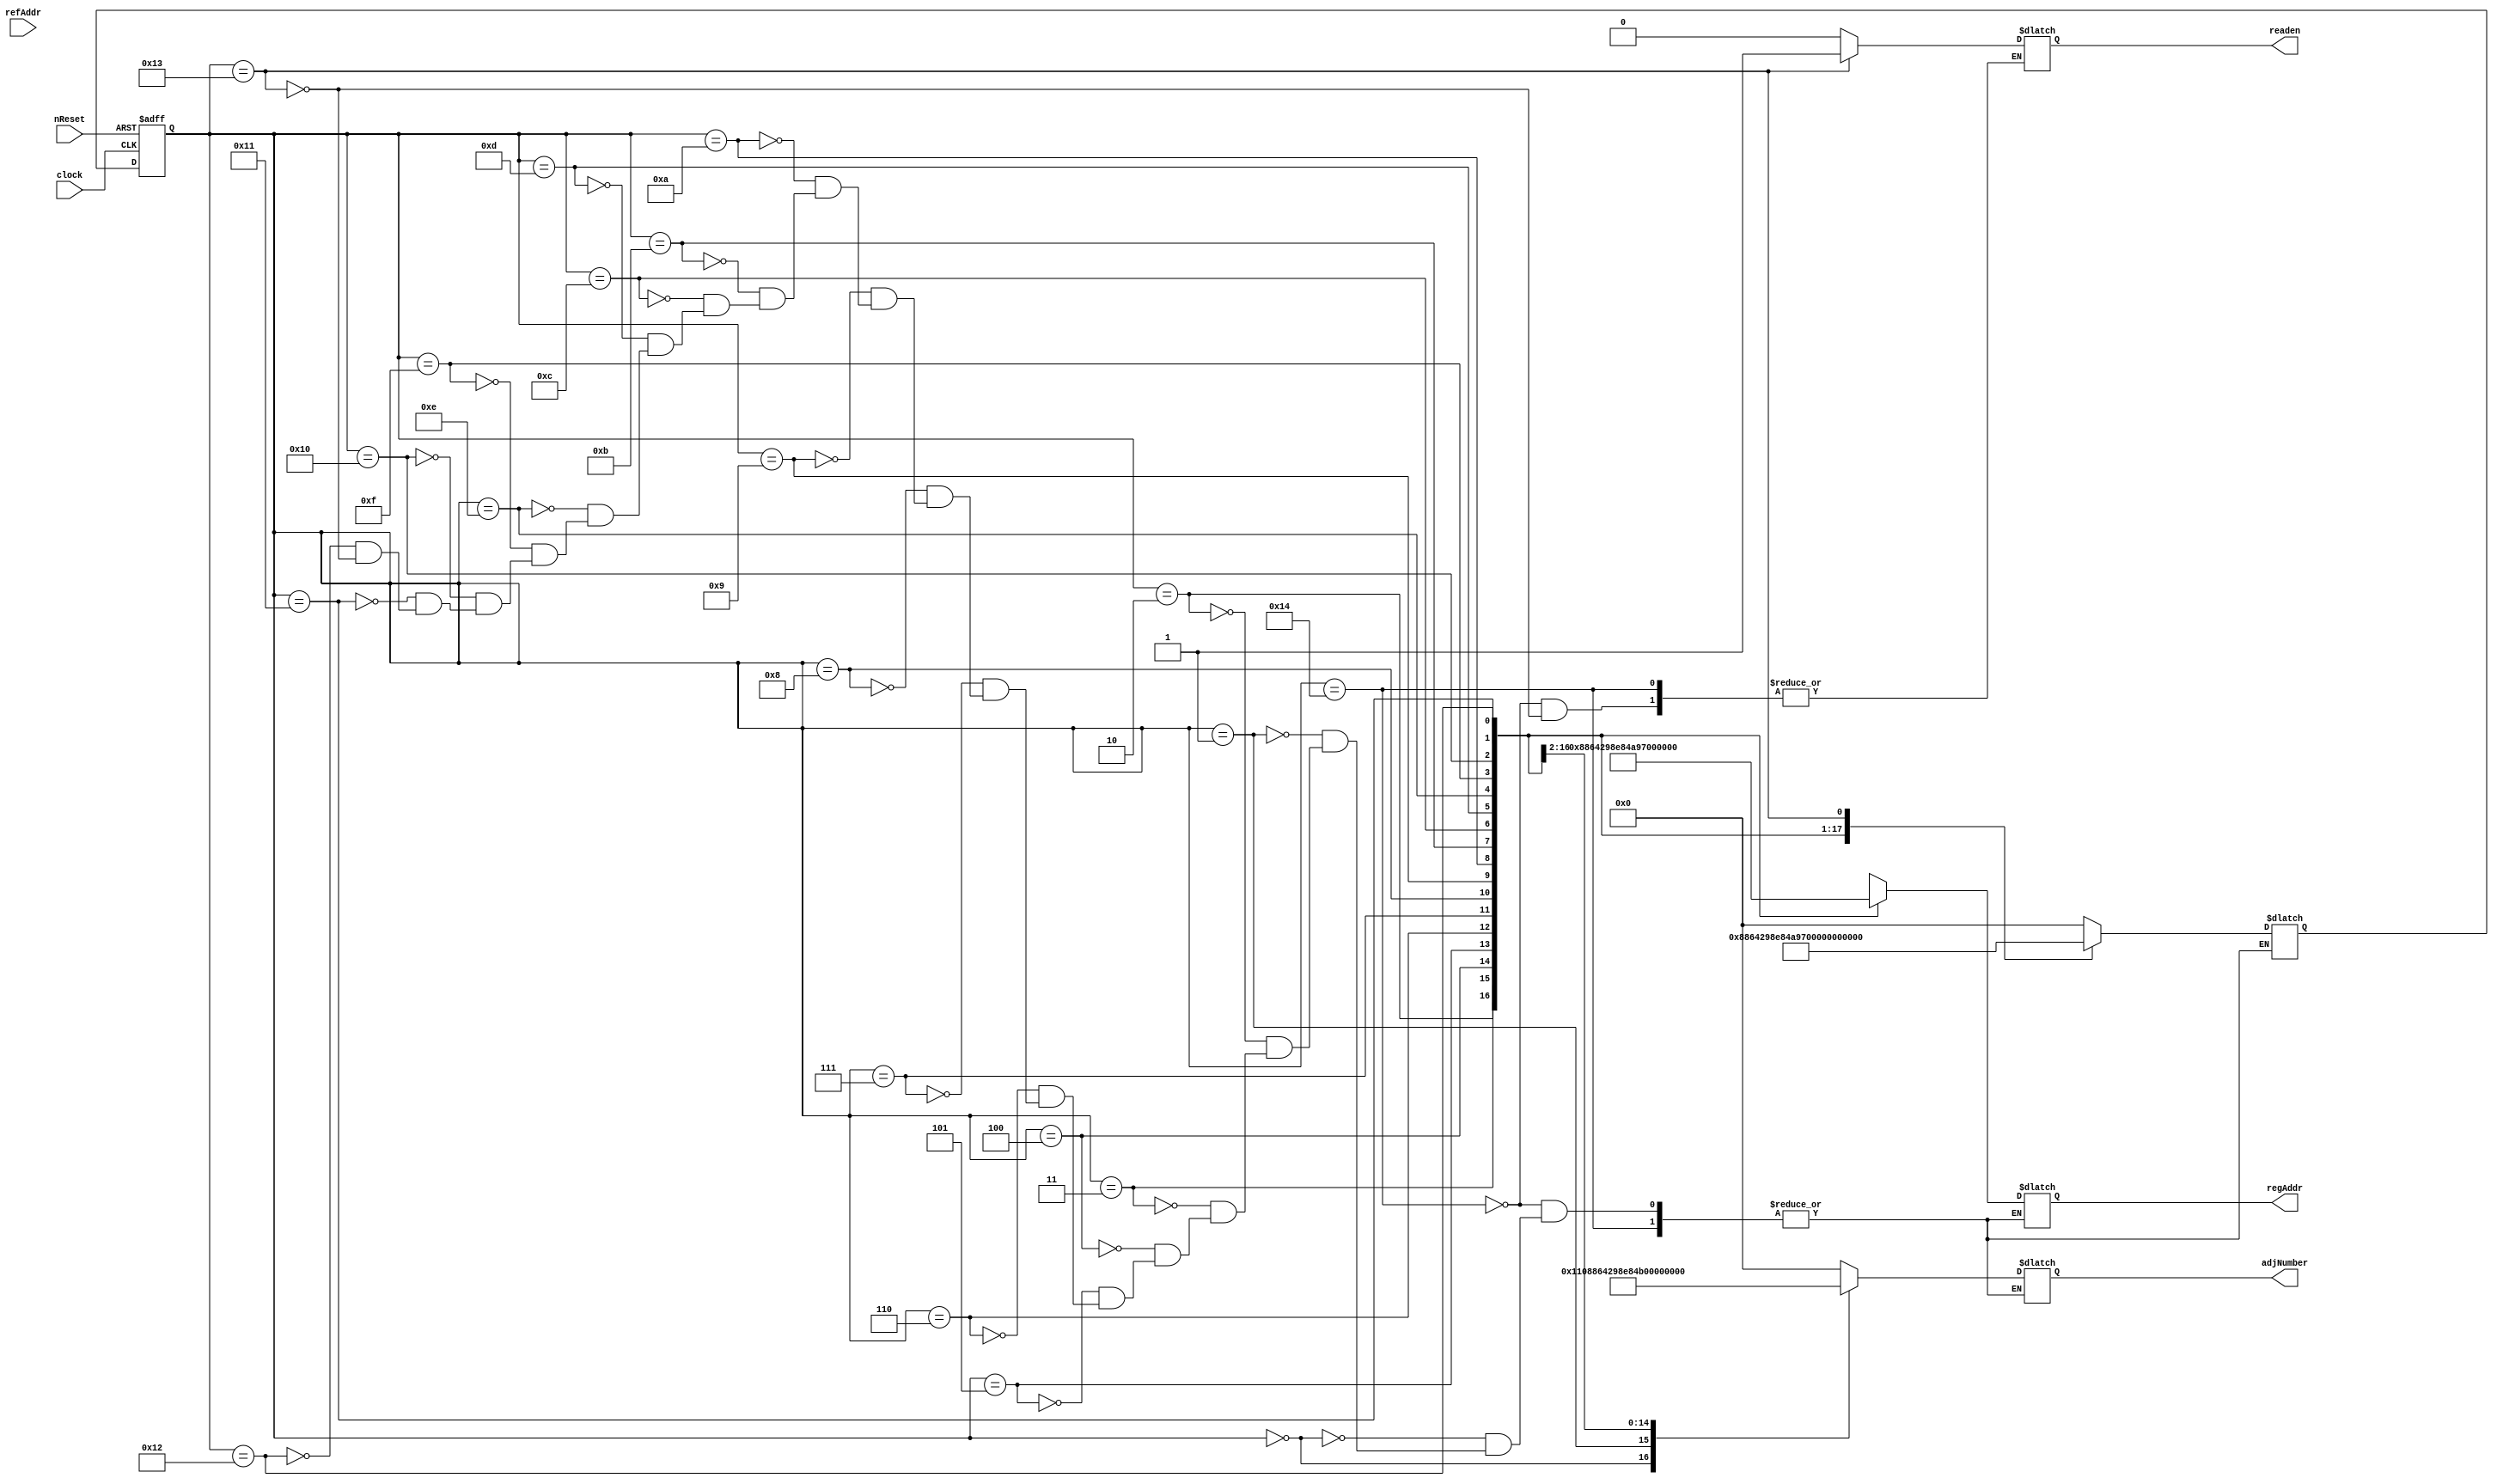
// This program was cloned from: https://github.com/ISKU/Autonomous-Drone-Design
// License: GNU General Public License v3.0

`define INIT 5'd20
`define S0 5'd0
`define S1 5'd1
`define S2 5'd2
`define S3 5'd3
`define S4 5'd4
`define S5 5'd5
`define S6 5'd6
`define S7 5'd7
`define S8 5'd8
`define S9 5'd9
`define S10 5'd10
`define S11 5'd11
`define S12 5'd12
`define S13 5'd13
`define S14 5'd14
`define S15 5'd15
`define S16 5'd16
`define S17 5'd17
`define S18 5'd18
`define S19 5'd19

module FD_Controller (clock, nReset, refAddr, adjNumber, regAddr, readen);
	input clock;
	input nReset;
	input [14:0] refAddr;
	output [4:0] adjNumber;
	output [4:0] regAddr;
	output readen;
	
	reg [4:0] adjNumber; // 16  Index
	reg [4:0] regAddr; //  
	reg readen; // Datapath     enable 
	
	reg [4:0] curState, nextState; //  
	reg setState;
	
	//       
	always @(posedge clock or negedge nReset) begin
		if (!nReset)
			curState <= `INIT;
		else
			curState <= nextState;
	end
	
	always @(refAddr) begin
		if (curState == `INIT)
			setState = 1'b0;
		else
			setState = 1'b1;
	end
	
	// FSM
	always @(curState) begin
		casex (curState)
			`INIT: begin
				if (setState) begin
					nextState = `S0;
					adjNumber = 5'd0;
					regAddr = 5'bx;
					readen = 1'b0;
				end
			end
		
			`S0: begin
				nextState = `S1;
				adjNumber = 5'd17;
				regAddr = 5'bx;
			end
			
			`S1: begin
				nextState = `S2;
				adjNumber = `S1;
				regAddr = 5'bx;
			end
			
			`S2: begin
				nextState = `S3;
				adjNumber = `S2;
				regAddr = `S0;
			end
			
			`S3: begin
				nextState = `S4;
				adjNumber = `S3;
				regAddr = `S1;
			end
			
			`S4: begin
				nextState = `S5;
				adjNumber = `S4;				
				regAddr = `S2;
			end
			
			`S5: begin
				nextState = `S6;
				adjNumber = `S5;
				regAddr = `S3;
			end
			
			`S6: begin
				nextState = `S7;
				adjNumber = `S6;
				regAddr = `S4;
			end
			
			`S7: begin
				nextState = `S8;
				adjNumber = `S7;
				regAddr = `S5;
			end
			
			`S8: begin
				nextState = `S9;
				adjNumber = `S8;
				regAddr = `S6;
			end
			
			`S9: begin
				nextState = `S10;
				adjNumber = `S9;
				regAddr = `S7;
			end

			`S10: begin
				nextState = `S11;
				adjNumber = `S10;
				regAddr = `S8;
			end
			
			`S11: begin
				nextState = `S12;
				adjNumber = `S11;
				regAddr = `S9;
			end
			
			`S12: begin
				nextState = `S13;
				adjNumber = `S12;
				regAddr = `S10;
			end
			
			`S13: begin
				nextState = `S14;
				adjNumber = `S13;
				regAddr = `S11;
			end
			
			`S14: begin
				nextState = `S15;
				adjNumber = `S14;
				regAddr = `S12;
			end
			
			`S15: begin
				nextState = `S16;
				adjNumber = `S15;
				regAddr = `S13;
			end
			
			`S16: begin
				nextState = `S17;
				adjNumber = `S16;
				regAddr = `S14;
			end
			
			`S17: begin
				nextState = `S18;
				adjNumber = 5'd0;
				regAddr = `S15;
			end
			
			`S18: begin
				nextState = `S19;
				adjNumber = 5'd0;
				regAddr = `S16;
			end
			
			`S19: begin
				nextState = `INIT;
				adjNumber = 5'd0;
				regAddr = 5'bx;
				readen = 1'b1;
			end
		endcase
	end
endmodule